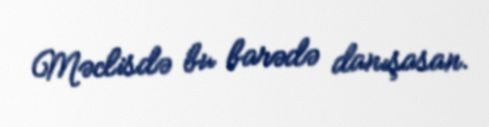
Məclisdə bu barədə danışasan.